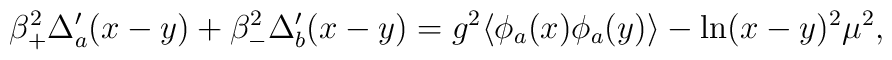
\beta_+^2\Delta_a'(x-y) + \beta_-^2\Delta_b'(x-y) = g^2\langle\phi_a(x)\phi_a(y)\rangle-\ln (x-y)^2\mu^2,